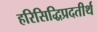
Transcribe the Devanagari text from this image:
हरिसिद्धिप्रदतीर्थ